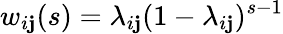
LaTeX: w_{i\mathbf{j}}(s)=\lambda_{i\mathbf{j}}(1-\lambda_{i\mathbf{j}})^{s-1}